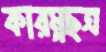
কারম্নছত্র